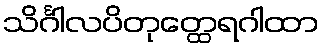
သိင်္ဂါလပိတုတ္ထေရဂါထာ